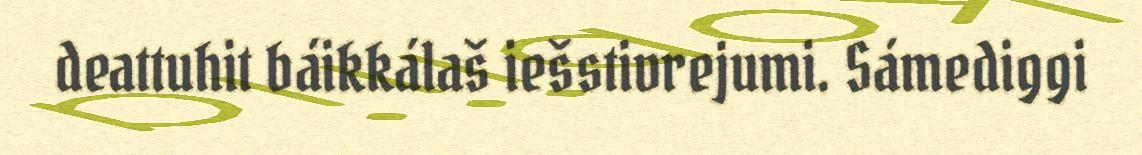
deattuhit báikkálaš iešstivrejumi. Sámediggi